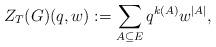
LaTeX: \begin{align*}Z_T(G)(q,w):=\sum_{A\subseteq E} q^{k(A)}w^{|A|},\end{align*}